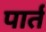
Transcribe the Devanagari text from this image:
पार्त